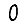
Digit: 0